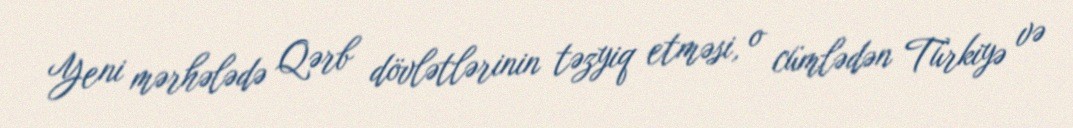
Yeni mərhələdə Qərb dövlətlərinin təzyiq etməsi, o cümlədən Türkiyə və